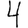
Digit: 4